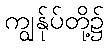
ကျွန်ုပ်တို့၌